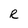
Character: R